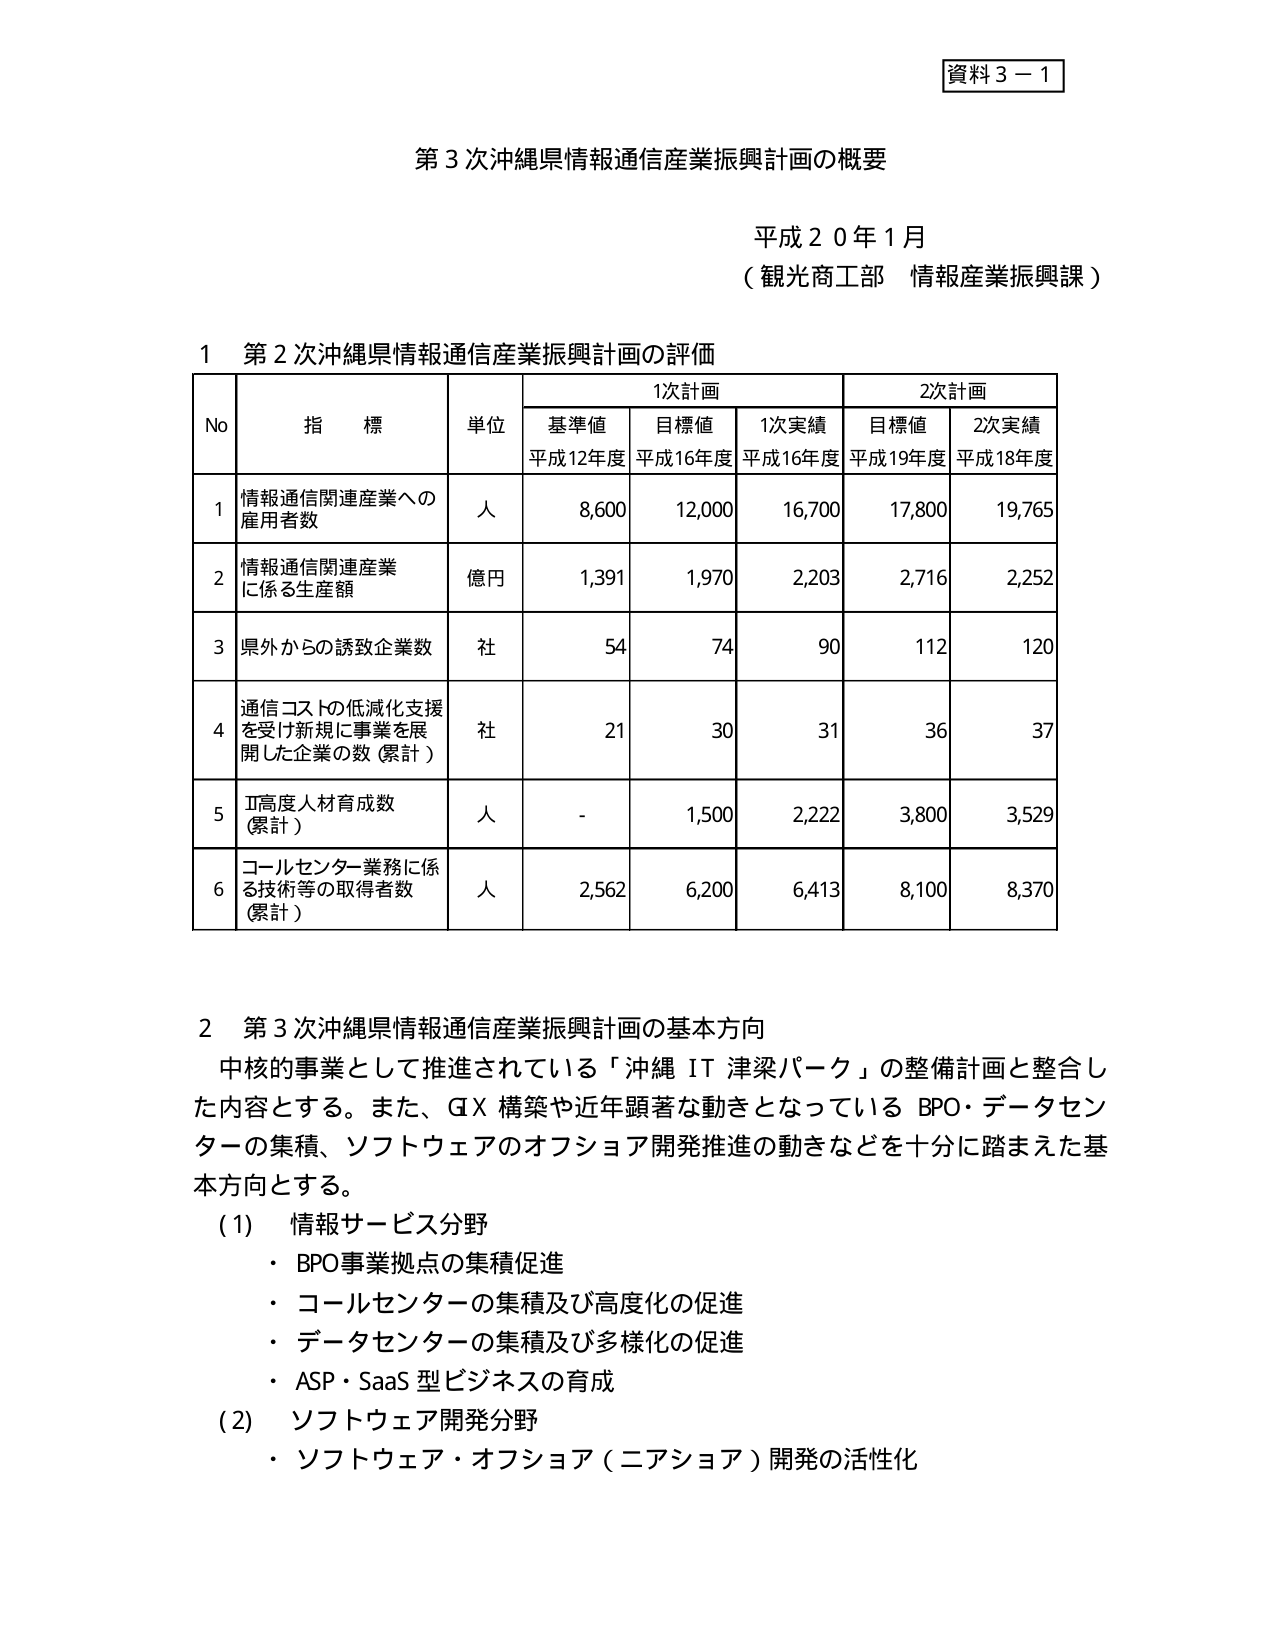
資料３－１

第３次沖縄県情報通信産業振興計画の概要

平成２０年１月
（観光商工部 情報産業振興課）

１ 第２次沖縄県情報通信産業振興計画の評価

| No | 指標 | 単位 | 1次計画 | 2次計画 |
|----|------|------|----------|----------|
|    |      |      | 基準値 平成12年度 | 目標値 平成16年度 | 1次実績 平成16年度 | 目標値 平成19年度 | 2次実績 平成18年度 |
| 1  | 情報通信関連産業への雇用者数 | 人 | 8,600 | 12,000 | 16,700 | 17,800 | 19,765 |
| 2  | 情報通信関連産業に係る生産額 | 億円 | 1,391 | 1,970 | 2,203 | 2,716 | 2,252 |
| 3  | 県外からの誘致企業数 | 社 | 54 | 74 | 90 | 112 | 120 |
| 4  | 通信コストの低減化支援を受け新規に事業を展開した企業の数（累計） | 社 | 21 | 30 | 31 | 36 | 37 |
| 5  | IT高度人材育成数（累計） | 人 | - | 1,500 | 2,222 | 3,800 | 3,529 |
| 6  | コールセンター業務に係る技術等の取得者数（累計） | 人 | 2,562 | 6,200 | 6,413 | 8,100 | 8,370 |

２ 第３次沖縄県情報通信産業振興計画の基本方向

中核的事業として推進されている「沖縄 IT 津梁パーク」の整備計画と整合した内容とする。また、GX 構築や近年顕著な動きとなっている BPO・データセンターの集積、ソフトウェアのオフショア開発推進の動きなどを十分に踏まえた基本方向とする。

（1） 情報サービス分野
・ BPO事業拠点の集積促進
・ コールセンターの集積及び高度化の促進
・ データセンターの集積及び多様化の促進
・ ASP・SaaS型ビジネスの育成

（2） ソフトウェア開発分野
・ ソフトウェア・オフショア（ニアショア）開発の活性化